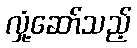
လှုံ့ဆော်သည့်